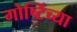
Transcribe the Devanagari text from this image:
गोष्टिंच्या